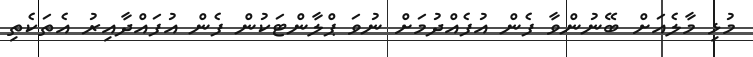
މުޅި މާލެއަށް ބޭނުންވާ ފެން އުފެއްދުމަށް ނުވަ ޕްލާންޓަކުން ފެން އުފައްދާއިރު އެތަކެތި